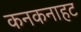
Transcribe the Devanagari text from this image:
कनकनाहट